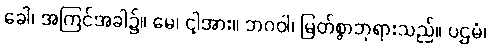
ခေါ၊ အကြင်အခါ၌။ မေ၊ ငါ့အား။ ဘဂဝါ၊ မြတ်စွာဘုရားသည်။ ပဌမံ၊